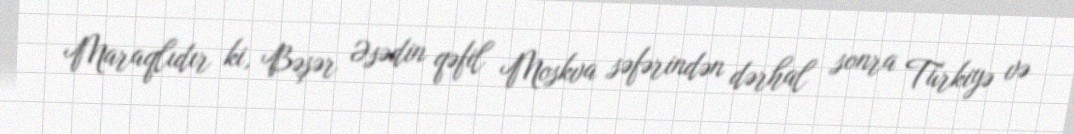
Maraqlıdır ki, Bəşər Əsədin qəfil Moskva səfərindən dərhal sonra Türkiyə və